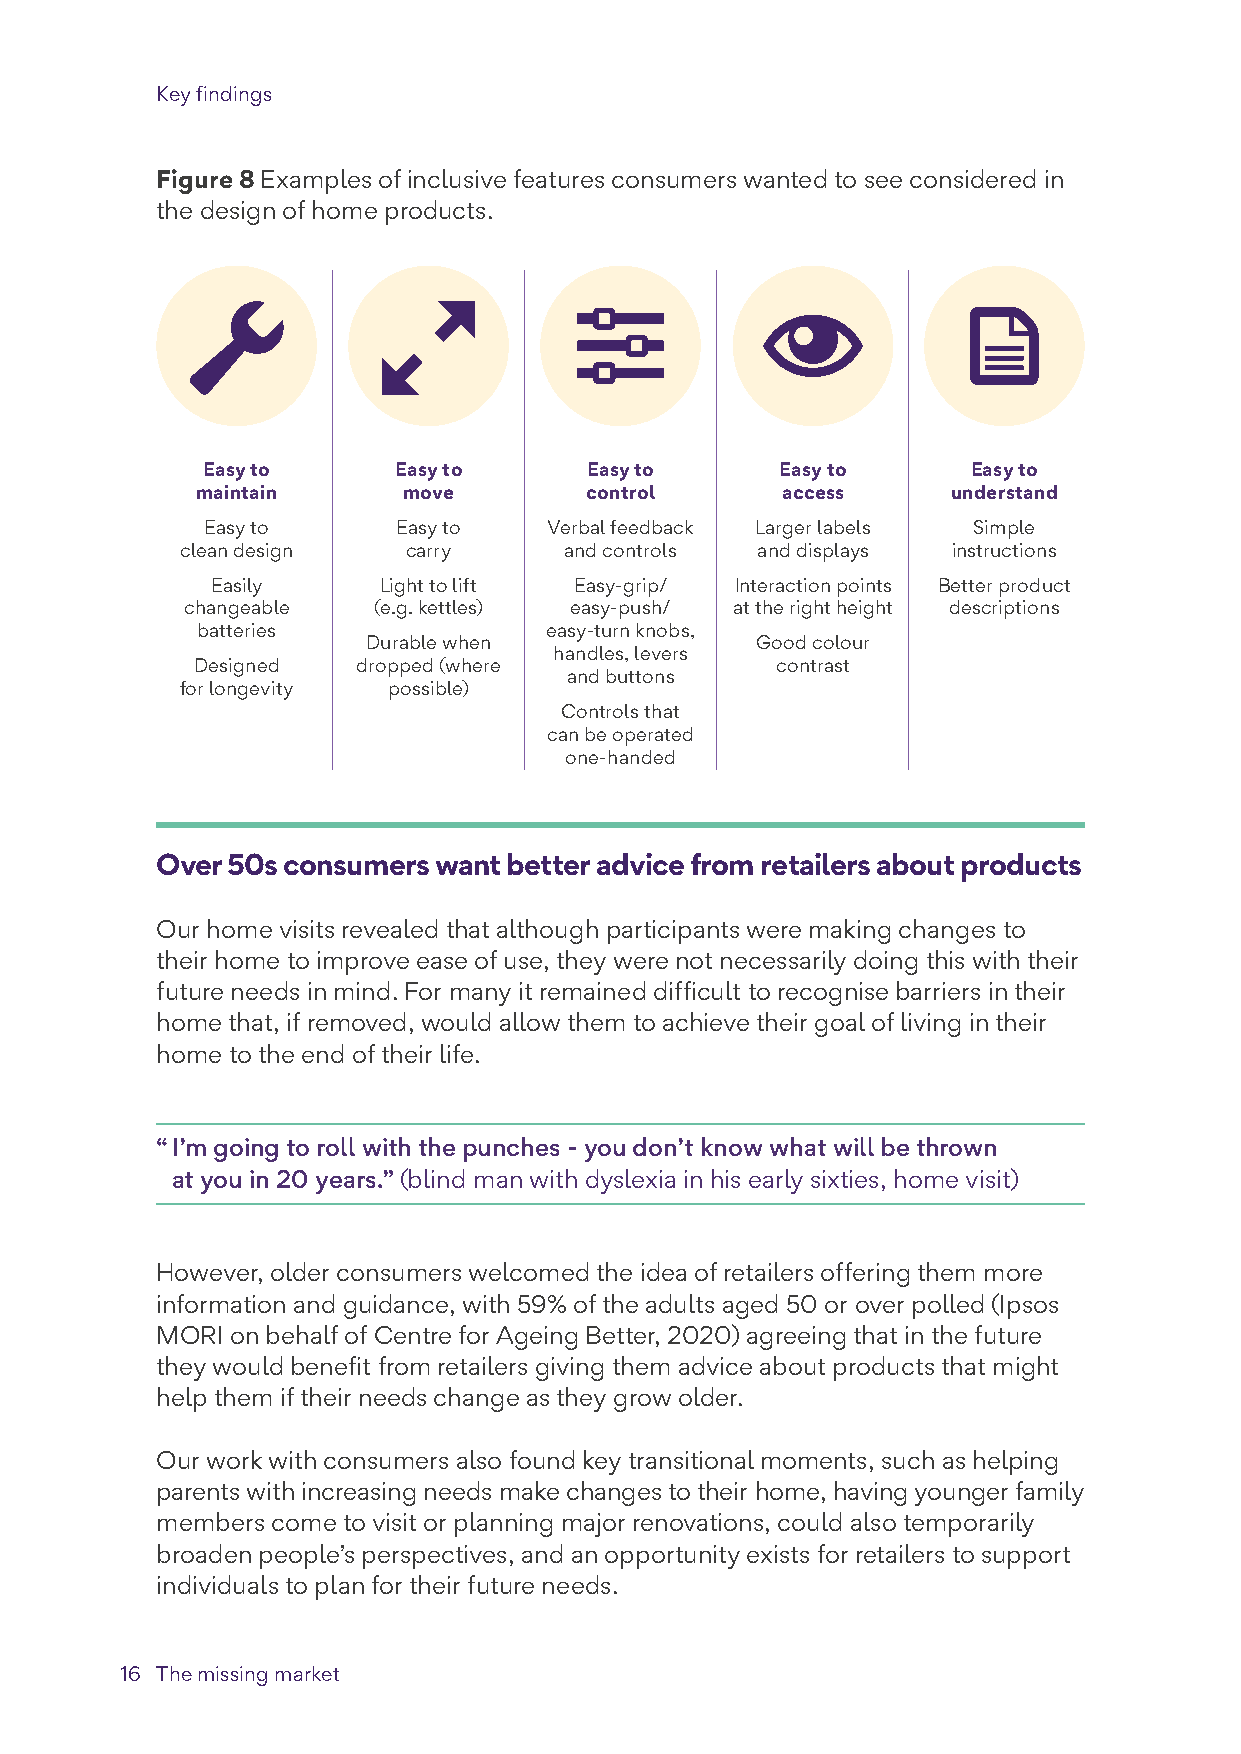
Key findings
 Figure 8 Examples of inclusive features consumers wanted to see considered in
 the design of home products.
 Easy to      Easy to      Easy to      Easy to     Easy to
 maintain      move        control      access     understand
 Easy to     Easy to   Verbal feedback Larger labels Simple
 clean design   carry     and controls and displays instructions
 Easily     Light to lift Easy-grip/ Interaction points Better product
 changeable   (e.g. kettles) easy-push/ at the right height descriptions
 batteries              easy-turn knobs,
 Durable when              Good colour
 handles, levers
 Designed   dropped (where             contrast
 and buttons
 for longevity possible)
 Controls that
 can be operated
 one-handed
 Over 50s consumers want better advice from retailers about products
 Our home visits revealed that although participants were making changes to
 their home to improve ease of use, they were not necessarily doing this with their
 future needs in mind. For many it remained difficult to recognise barriers in their
 home that, if removed, would allow them to achieve their goal of living in their
 home to the end of their life.
 “ I’m going to roll with the punches - you don’t know what will be thrown
 at you in 20 years.” (blind man with dyslexia in his early sixties, home visit)
 However, older consumers welcomed the idea of retailers offering them more
 information and guidance, with 59% of the adults aged 50 or over polled (Ipsos
 MORI on behalf of Centre for Ageing Better, 2020) agreeing that in the future
 they would benefit from retailers giving them advice about products that might
 help them if their needs change as they grow older.
 Our work with consumers also found key transitional moments, such as helping
 parents with increasing needs make changes to their home, having younger family
 members come to visit or planning major renovations, could also temporarily
 broaden people’s perspectives, and an opportunity exists for retailers to support
 individuals to plan for their future needs.
 16 The missing market